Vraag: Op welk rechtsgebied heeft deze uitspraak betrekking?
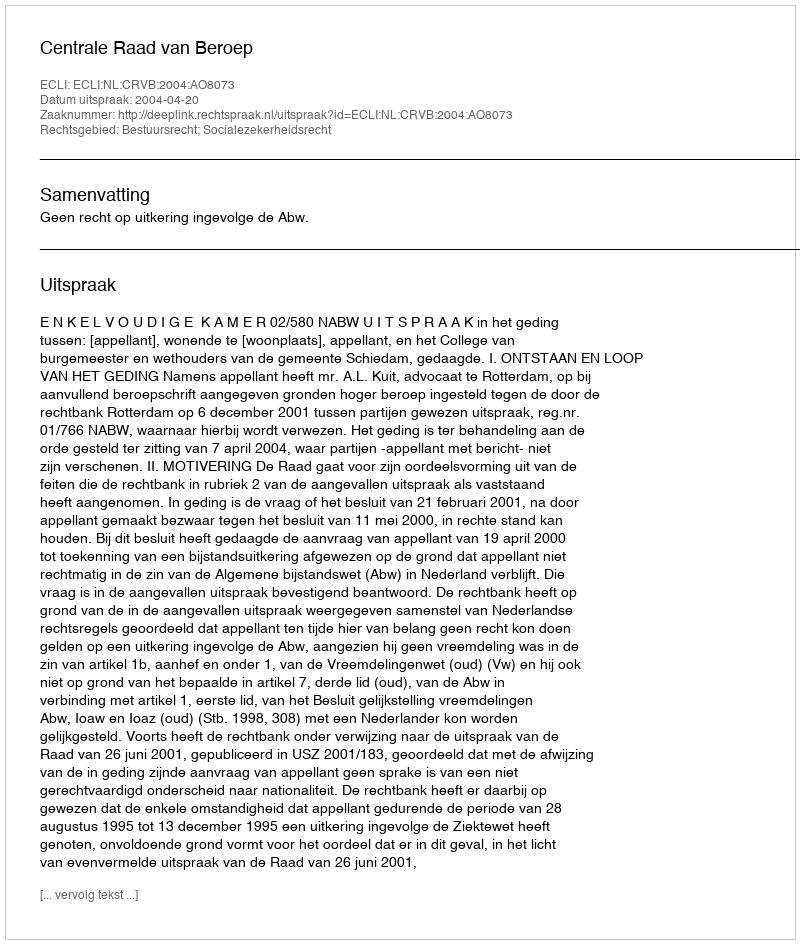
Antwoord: Bestuursrecht; Socialezekerheidsrecht